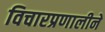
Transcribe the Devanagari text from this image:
विचारप्रणालीने